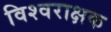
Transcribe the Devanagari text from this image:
विश्वराक्षक